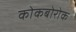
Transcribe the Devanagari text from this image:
कोकबोरोक